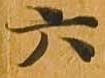
六